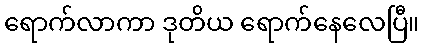
ရောက်လာကာ ဒုတိယ ရောက်နေလေပြီ။